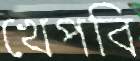
খেপবি